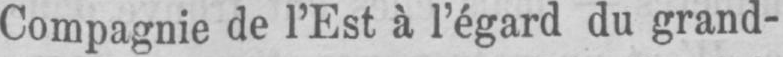
Compagnie de l’Est à l’égard du grand-